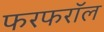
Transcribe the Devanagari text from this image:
फरफरॉल